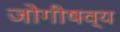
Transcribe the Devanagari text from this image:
जोगीषव्य